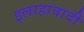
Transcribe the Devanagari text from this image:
इलाहावादी